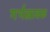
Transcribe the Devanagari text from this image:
गर्भस्रावक